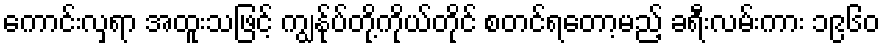
ကောင်းလှရာ အထူးသဖြင့် ကျွန်ုပ်တို့ကိုယ်တိုင် စတင်ရတော့မည့် ခရီးလမ်းကား ၁၉၆၀